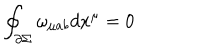
\oint _ { \partial \Sigma } \omega _ { \mu a b } d x ^ { \mu } = 0